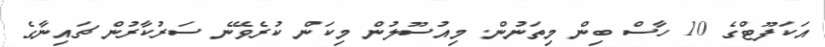
އަކަފޫޓްގެ 10 ހާސް ބިން މިތަނުން. މިއުސޫލުން މިކަން ކުރެވޭނެ ސަރުކާރުން ޗައިނާގެ